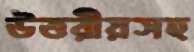
উত্তরীয়সহ